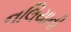
નલિયાની